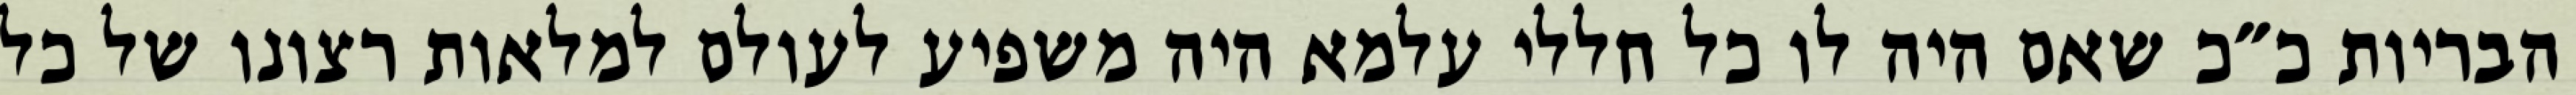
הבריות כ״כ שאם היה לו כל חללי עלמא היה משפיע לעולם למלאות רצונו של כל